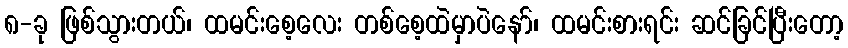
၈-ခု ဖြစ်သွားတယ်၊ ထမင်းစေ့လေး တစ်စေ့ထဲမှာပဲနော်၊ ထမင်းစားရင်း ဆင်ခြင်ပြီးတော့